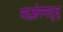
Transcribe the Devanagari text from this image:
माल्होस्मादुलू